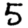
Digit: 5